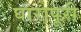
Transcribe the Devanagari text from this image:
घारापूरी